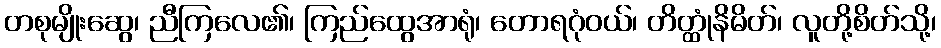
တစုမျိုးဆွေ၊ ညီကြလေ၏၊ ကြည်ထွေအာရုံ၊ တောရဂုံဝယ်၊ တိတ္ထုံနိမိတ်၊ လူတို့စိတ်သို့၊